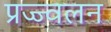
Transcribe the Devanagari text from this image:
प्रज्ज्वलन